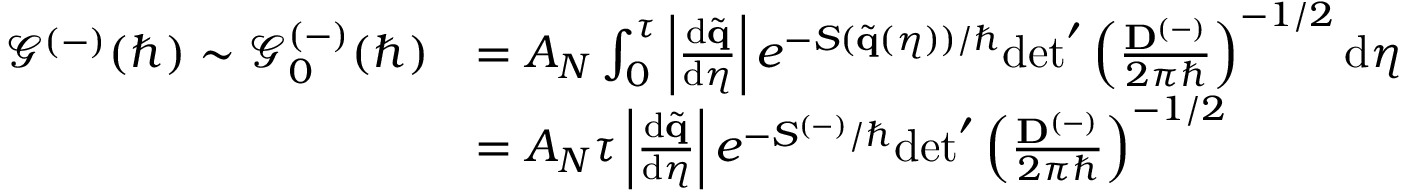
\begin{array} { r l } { \mathcal { G } ^ { ( - ) } ( \hbar ) \sim \mathcal { G } _ { 0 } ^ { ( - ) } ( \hbar ) } & { = A _ { N } \int _ { 0 } ^ { \tau } \left| \frac { \mathrm { d } \tilde { \mathbf { q } } } { \mathrm { d } \eta } \right| e ^ { - S ( \tilde { \mathbf { q } } ( \eta ) ) / \hbar } \mathrm { d e t } ^ { \prime } \left( \frac { \mathbf { D } ^ { ( - ) } } { 2 \pi \hbar } \right) ^ { - 1 / 2 } \mathrm { d } \eta } \\ & { = A _ { N } \tau \left| \frac { \mathrm { d } \tilde { \mathbf { q } } } { \mathrm { d } \eta } \right| e ^ { - S ^ { ( - ) } / \hbar } \mathrm { d e t } ^ { \prime } \left( \frac { \mathbf { D } ^ { ( - ) } } { 2 \pi \hbar } \right) ^ { - 1 / 2 } } \end{array}